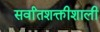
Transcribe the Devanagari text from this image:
सर्वांतशक्तीशाली